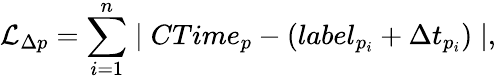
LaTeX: \mathcal{L}_{\Delta p}=\sum_{i=1}^{n}\mid{CTime}_{p}-\left({label}_{p_{i}}+\Delta t_{p_{i}}\right)\mid,